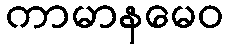
ကာမာနမေဝ